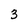
Character: 3